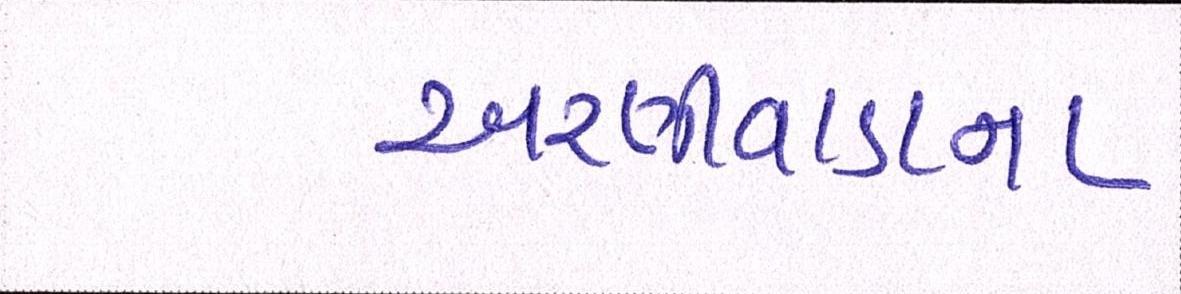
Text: અરણીવાડાના